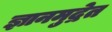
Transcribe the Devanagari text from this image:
ज्ञानमुद्रेत